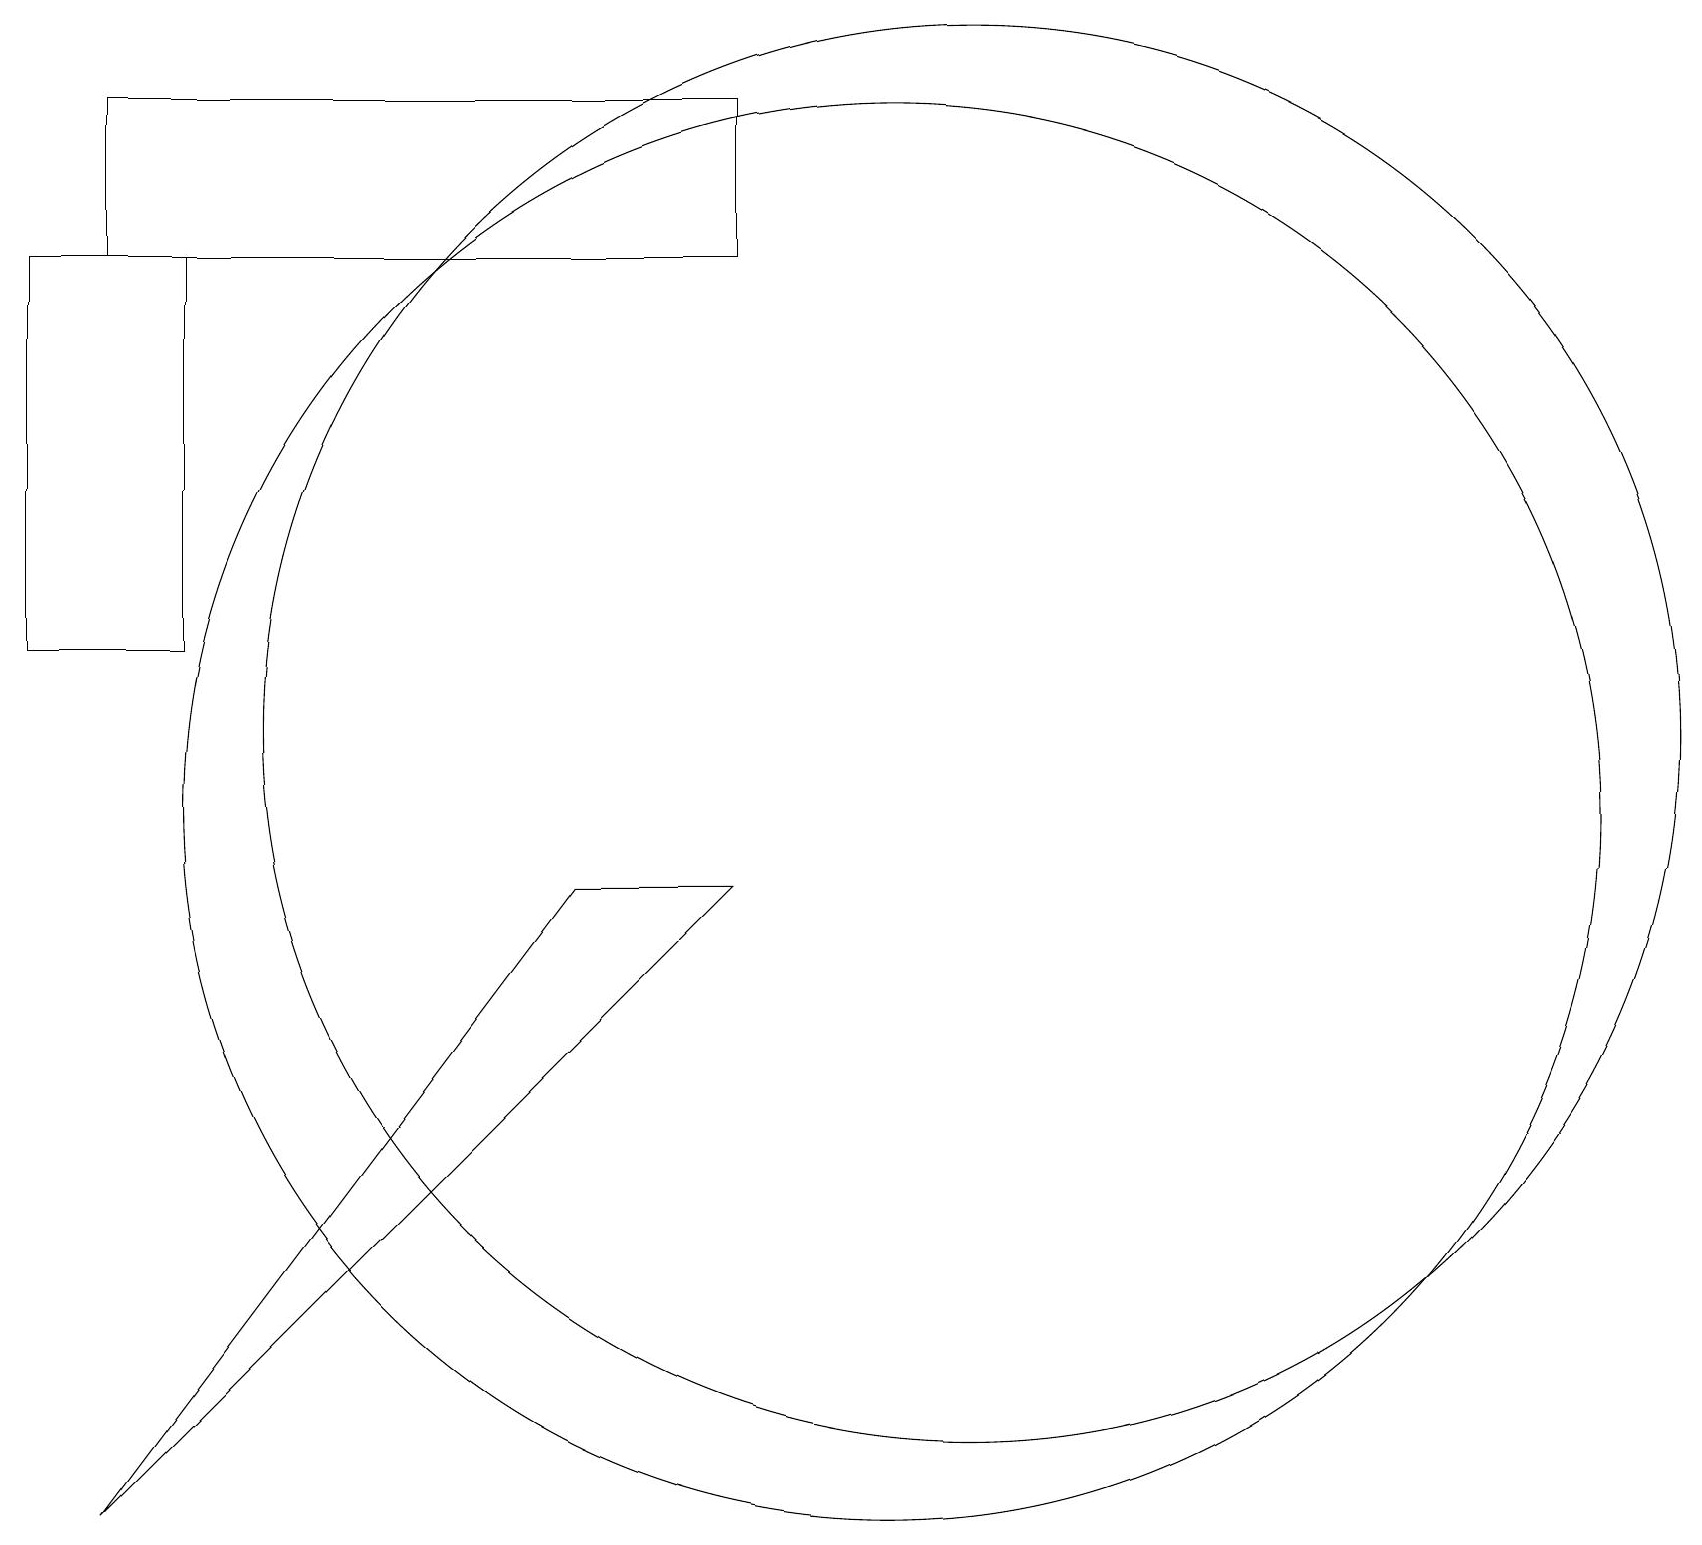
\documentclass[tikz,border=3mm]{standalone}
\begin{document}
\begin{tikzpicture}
\draw (7,9) -- (1,1) -- (9,9) -- cycle;
\draw (9,19) rectangle (1,17);
\draw (2,12) rectangle (0,17);
\draw (11,10) circle (9);
\draw (12,11) circle (9);
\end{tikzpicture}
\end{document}